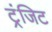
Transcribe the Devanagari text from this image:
ट्रंजिट